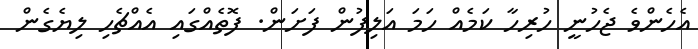
އެހެންވެ ޖެހުނީ ހުރިހާ ކަމެއް ހަމަ އަލިފުން ފަށަން. ފޮތެއްގައި އެއްޗެހި ލިޔެގެން